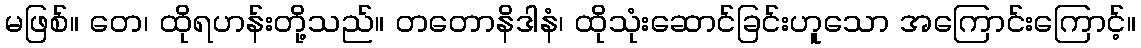
မဖြစ်။ တေ၊ ထိုရဟန်းတို့သည်။ တတောနိဒါနံ၊ ထိုသုံးဆောင်ခြင်းဟူသော အကြောင်းကြောင့်။